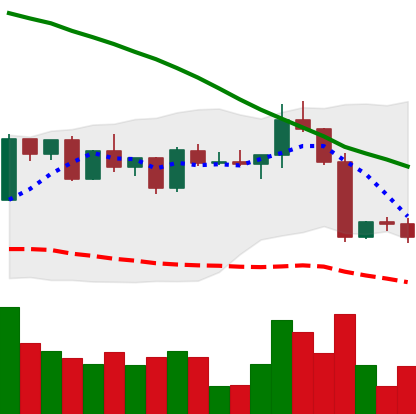
Ticker: ETH-USD
Chart end date: 2022-12-19
Forward return: 4.585%
Label: up_3_5